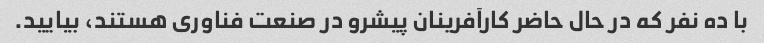
با ده نفر که در حال حاضر کارآفرینان پیشرو در صنعت فناوری هستند، بیایید.